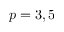
p = 3 , 5